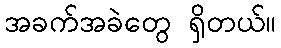
အခက်အခဲတွေ ရှိတယ်။